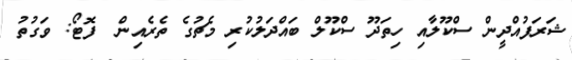
ޝަރަފުއްދީން ސްކޫލާއި ހިތަދޫ ސްކޫލް ބައްދަލުކުރި މެޗުގެ ތެރެއިން  ފޮޓޯ: ވަގުތު